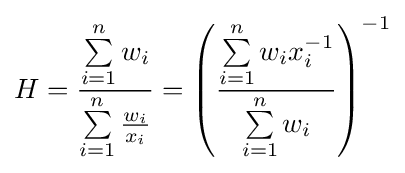
H={\frac {\sum \limits _{i=1}^{n}w_{i}}{\sum \limits _{i=1}^{n}{\frac {w_{i}}{x_{i}}}}}=\left({\frac {\sum \limits _{i=1}^{n}w_{i}x_{i}^{-1}}{\sum \limits _{i=1}^{n}w_{i}}}\right)^{-1}